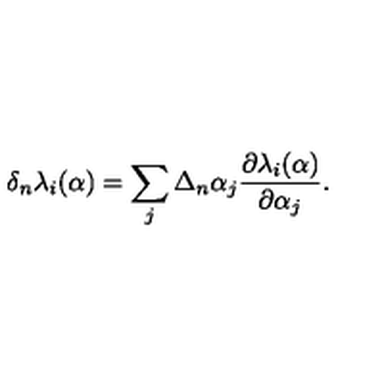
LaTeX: \delta _ { n } \lambda _ { i } ( \alpha ) = \sum _ { j } \Delta _ { n } \alpha _ { j } { \frac { \partial \lambda _ { i } ( \alpha ) } { \partial \alpha _ { j } } } .